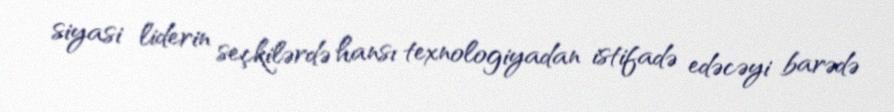
siyasi liderin seçkilərdə hansı texnologiyadan istifadə edəcəyi barədə